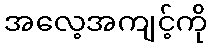
အလေ့အကျင့်ကို